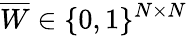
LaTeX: \overline{{W}}\in\{ 0,1\} ^{N\times N}